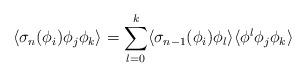
LaTeX: \begin{align*}\langle \sigma_n (\phi_i) \phi_j \phi_k \rangle= \sum_{l=0}^{k} \langle \sigma_{n-1} (\phi_i) \phi_l \rangle\langle \phi^{l} \phi_j \phi_k \rangle\end{align*}